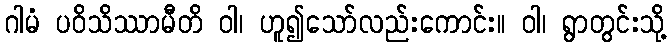
ဂါမံ ပဝိသိဿာမီတိ ဝါ၊ ဟူ၍သော်လည်းကောင်း။ ဝါ၊ ရွာတွင်းသို့